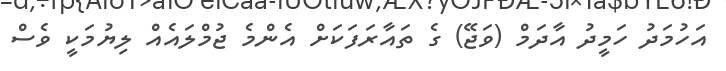
އަހުމަދު ހަމީދު އާދަމް (ވަޖޭ) ގެ ތައާރަފަކަށް އެންމެ ޖުމްލައެއް ލިޔުމަކީ ވެސް